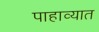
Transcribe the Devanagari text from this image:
पाहाव्यात